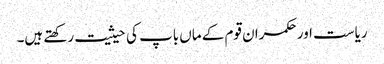
ریاست اور حکمران قوم کے ماں باپ کی حیثیت رکھتے ہیں۔